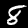
Digit: 8